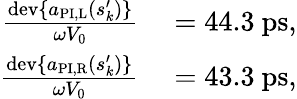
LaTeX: \begin{array}{rl}{\frac{\mathrm{dev}\{ a_{\mathrm{PI,L}}(s_{k}^{\prime})\} }{\omega V_{0}}}&{{}=44.3~\mathrm{ps},}\\ {\frac{\mathrm{dev}\{ a_{\mathrm{PI,R}}(s_{k}^{\prime})\} }{\omega V_{0}}}&{{}=43.3~\mathrm{ps},}\end{array}